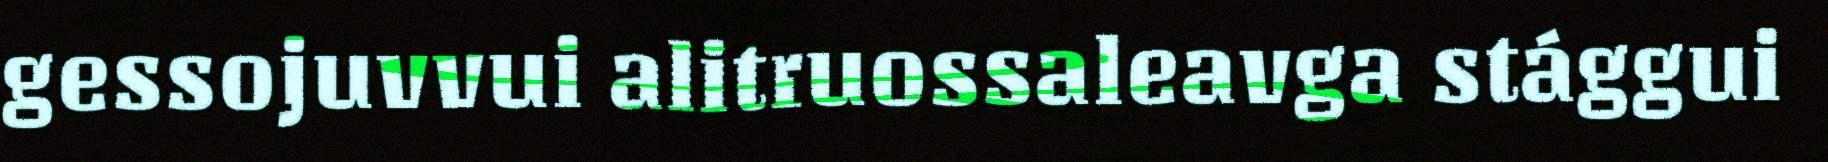
gessojuvvui alitruossaleavga stággui